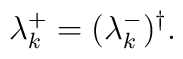
\lambda_k^+=(\lambda_k^-)^{\dag}.